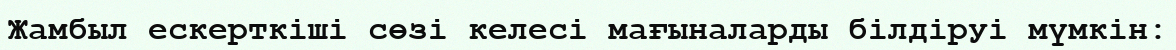
Жамбыл ескерткіші сөзі келесі мағыналарды білдіруі мүмкін: